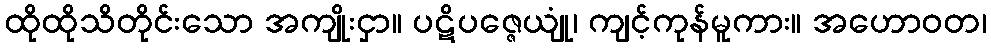
ထိုထိုသိတိုင်းသော အကျိုးငှာ။ ပဋိပဇ္ဇေယျုံ၊ ကျင့်ကုန်မူကား။ အဟောဝတ၊